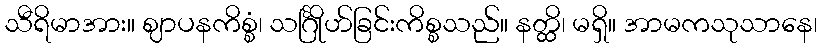
သီရိမာအား။ ဈာပနကိစ္စံ၊ သင်္ဂြိုဟ်ခြင်းကိစ္စသည်။ နတ္ထိ၊ မရှိ။ အာမကသုသာနေ၊